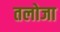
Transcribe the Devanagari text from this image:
तलोजा